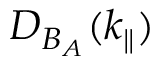
D _ { B _ { A } } ( k _ { \parallel } )